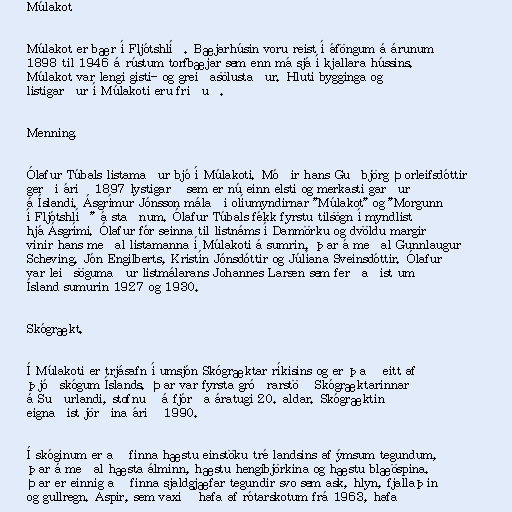
Múlakot

Múlakot er bær í Fljótshlíð. Bæjarhúsin voru reist í áföngum á árunum
1898 til 1946 á rústum torfbæjar sem enn má sjá í kjallara hússins.
Múlakot var lengi gisti- og greiðasölustaður. Hluti bygginga og
listigarður í Múlakoti eru friðuð.

Menning.

Ólafur Túbals listamaður bjó í Múlakoti. Móðir hans Guðbjörg Þorleifsdóttir
gerði árið 1897 lystigarð sem er nú einn elsti og merkasti garður
á Íslandi. Ásgrímur Jónsson málaði olíumyndirnar "Múlakot" og "Morgunn
í Fljótshlíð" á staðnum. Ólafur Túbals fékk fyrstu tilsögn í myndlist
hjá Ásgrími. Ólafur fór seinna til listnáms í Danmörku og dvöldu margir
vinir hans meðal listamanna í Múlakoti á sumrin, þar á meðal Gunnlaugur
Scheving, Jón Engilberts, Kristín Jónsdóttir og Júlíana Sveinsdóttir. Ólafur
var leiðsögumaður listmálarans Johannes Larsen sem ferðaðist um
Ísland sumurin 1927 og 1930.

Skógrækt.

Í Múlakoti er trjásafn í umsjón Skógræktar ríkisins og er það eitt af
þjóðskógum Íslands. Þar var fyrsta gróðrarstöð Skógræktarinnar
á Suðurlandi, stofnuð á fjórða áratugi 20. aldar. Skógræktin
eignaðist jörðina árið 1990.

Í skóginum er að finna hæstu einstöku tré landsins af ýmsum tegundum,
þar á meðal hæsta álminn, hæstu hengibjörkina og hæstu blæöspina.
Þar er einnig að finna sjaldgjæfar tegundir svo sem ask, hlyn, fjallaþin
og gullregn. Aspir, sem vaxið hafa af rótarskotum frá 1963, hafa